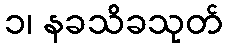
၁၊ နခသိခသုတ်